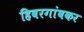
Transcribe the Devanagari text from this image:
हिवरगांवकर